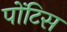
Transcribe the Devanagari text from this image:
पोंटिस